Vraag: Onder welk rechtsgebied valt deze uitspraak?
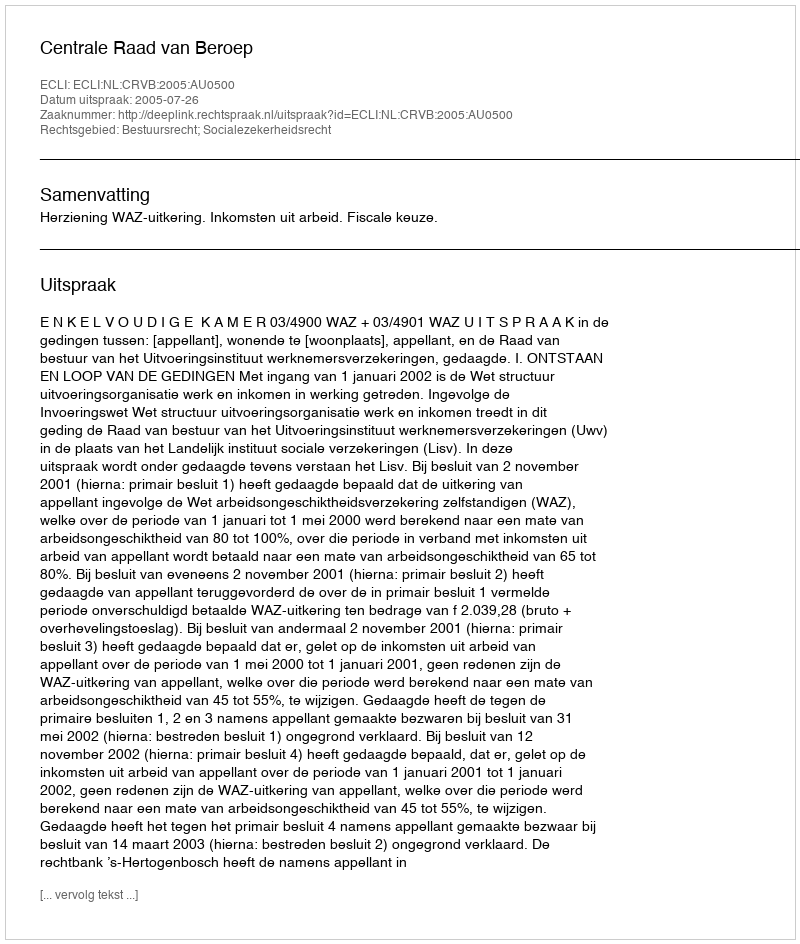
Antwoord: Bestuursrecht; Socialezekerheidsrecht